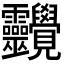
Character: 𧢱